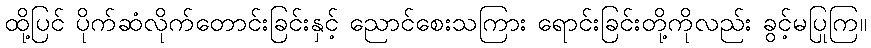
ထို့ပြင် ပိုက်ဆံလိုက်တောင်းခြင်းနှင့် ညောင်စေးသကြား ရောင်းခြင်းတို့ကိုလည်း ခွင့်မပြုကြ။